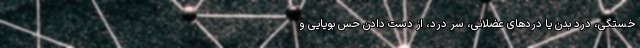
خستگی، درد بدن یا دردهای عضلانی، سر درد، از دست دادن حس بویایی و